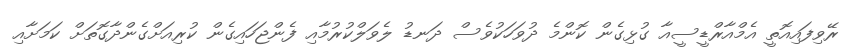
ރޭވިފައިއޮތީ އެމްއާރްޑީސީއާ ގުޅިގެން ކޮންމެ ދުވަހަކުވެސް ދަނޑު ލެވަލްކުރުމާއި ފެންޖަހައިގެން ކުރިއަށްގެންދާގޮތަށް ކަމަށާއި